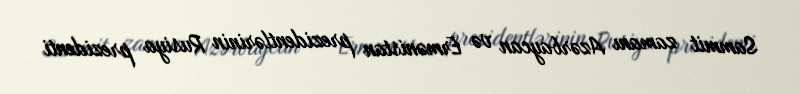
Sammit zamanı Azərbaycan və Ermənistan prezidentlərinin Rusiya prezidenti